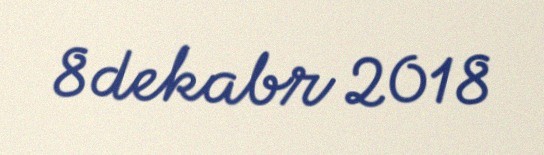
8 dekabr 2018